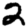
Digit: 2